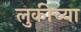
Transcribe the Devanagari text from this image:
लुकीच्या